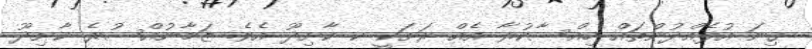
ގިނަ އުފެއްދުންތައް ހިއްސާކުރާ އެއް ރަށަކީ ކ ކާށިދޫ އެވެ. ޒަމާނުއްސުރެ ކާށިދޫ